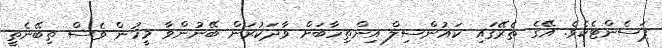
ޕަސެންޓެކެވެ. އޭގެ ތެރޭގައި ކައުންސިލް އިންތިހާބަށް ވާދަކުރަން ބޭނުންވާ މީހުން ވެސް ތިބޭނެތީ